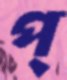
প্